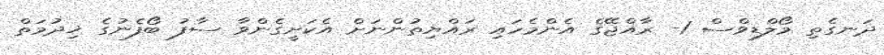
ދަނގެތި މޯލްޑިވްސް 1- ރާއްޖޭގެ އެންމެހައި ރައްޔިތުންނަށް އެކަށީގެންވާ ސާފު ބޯފެނުގެ ޚިދުމަތް